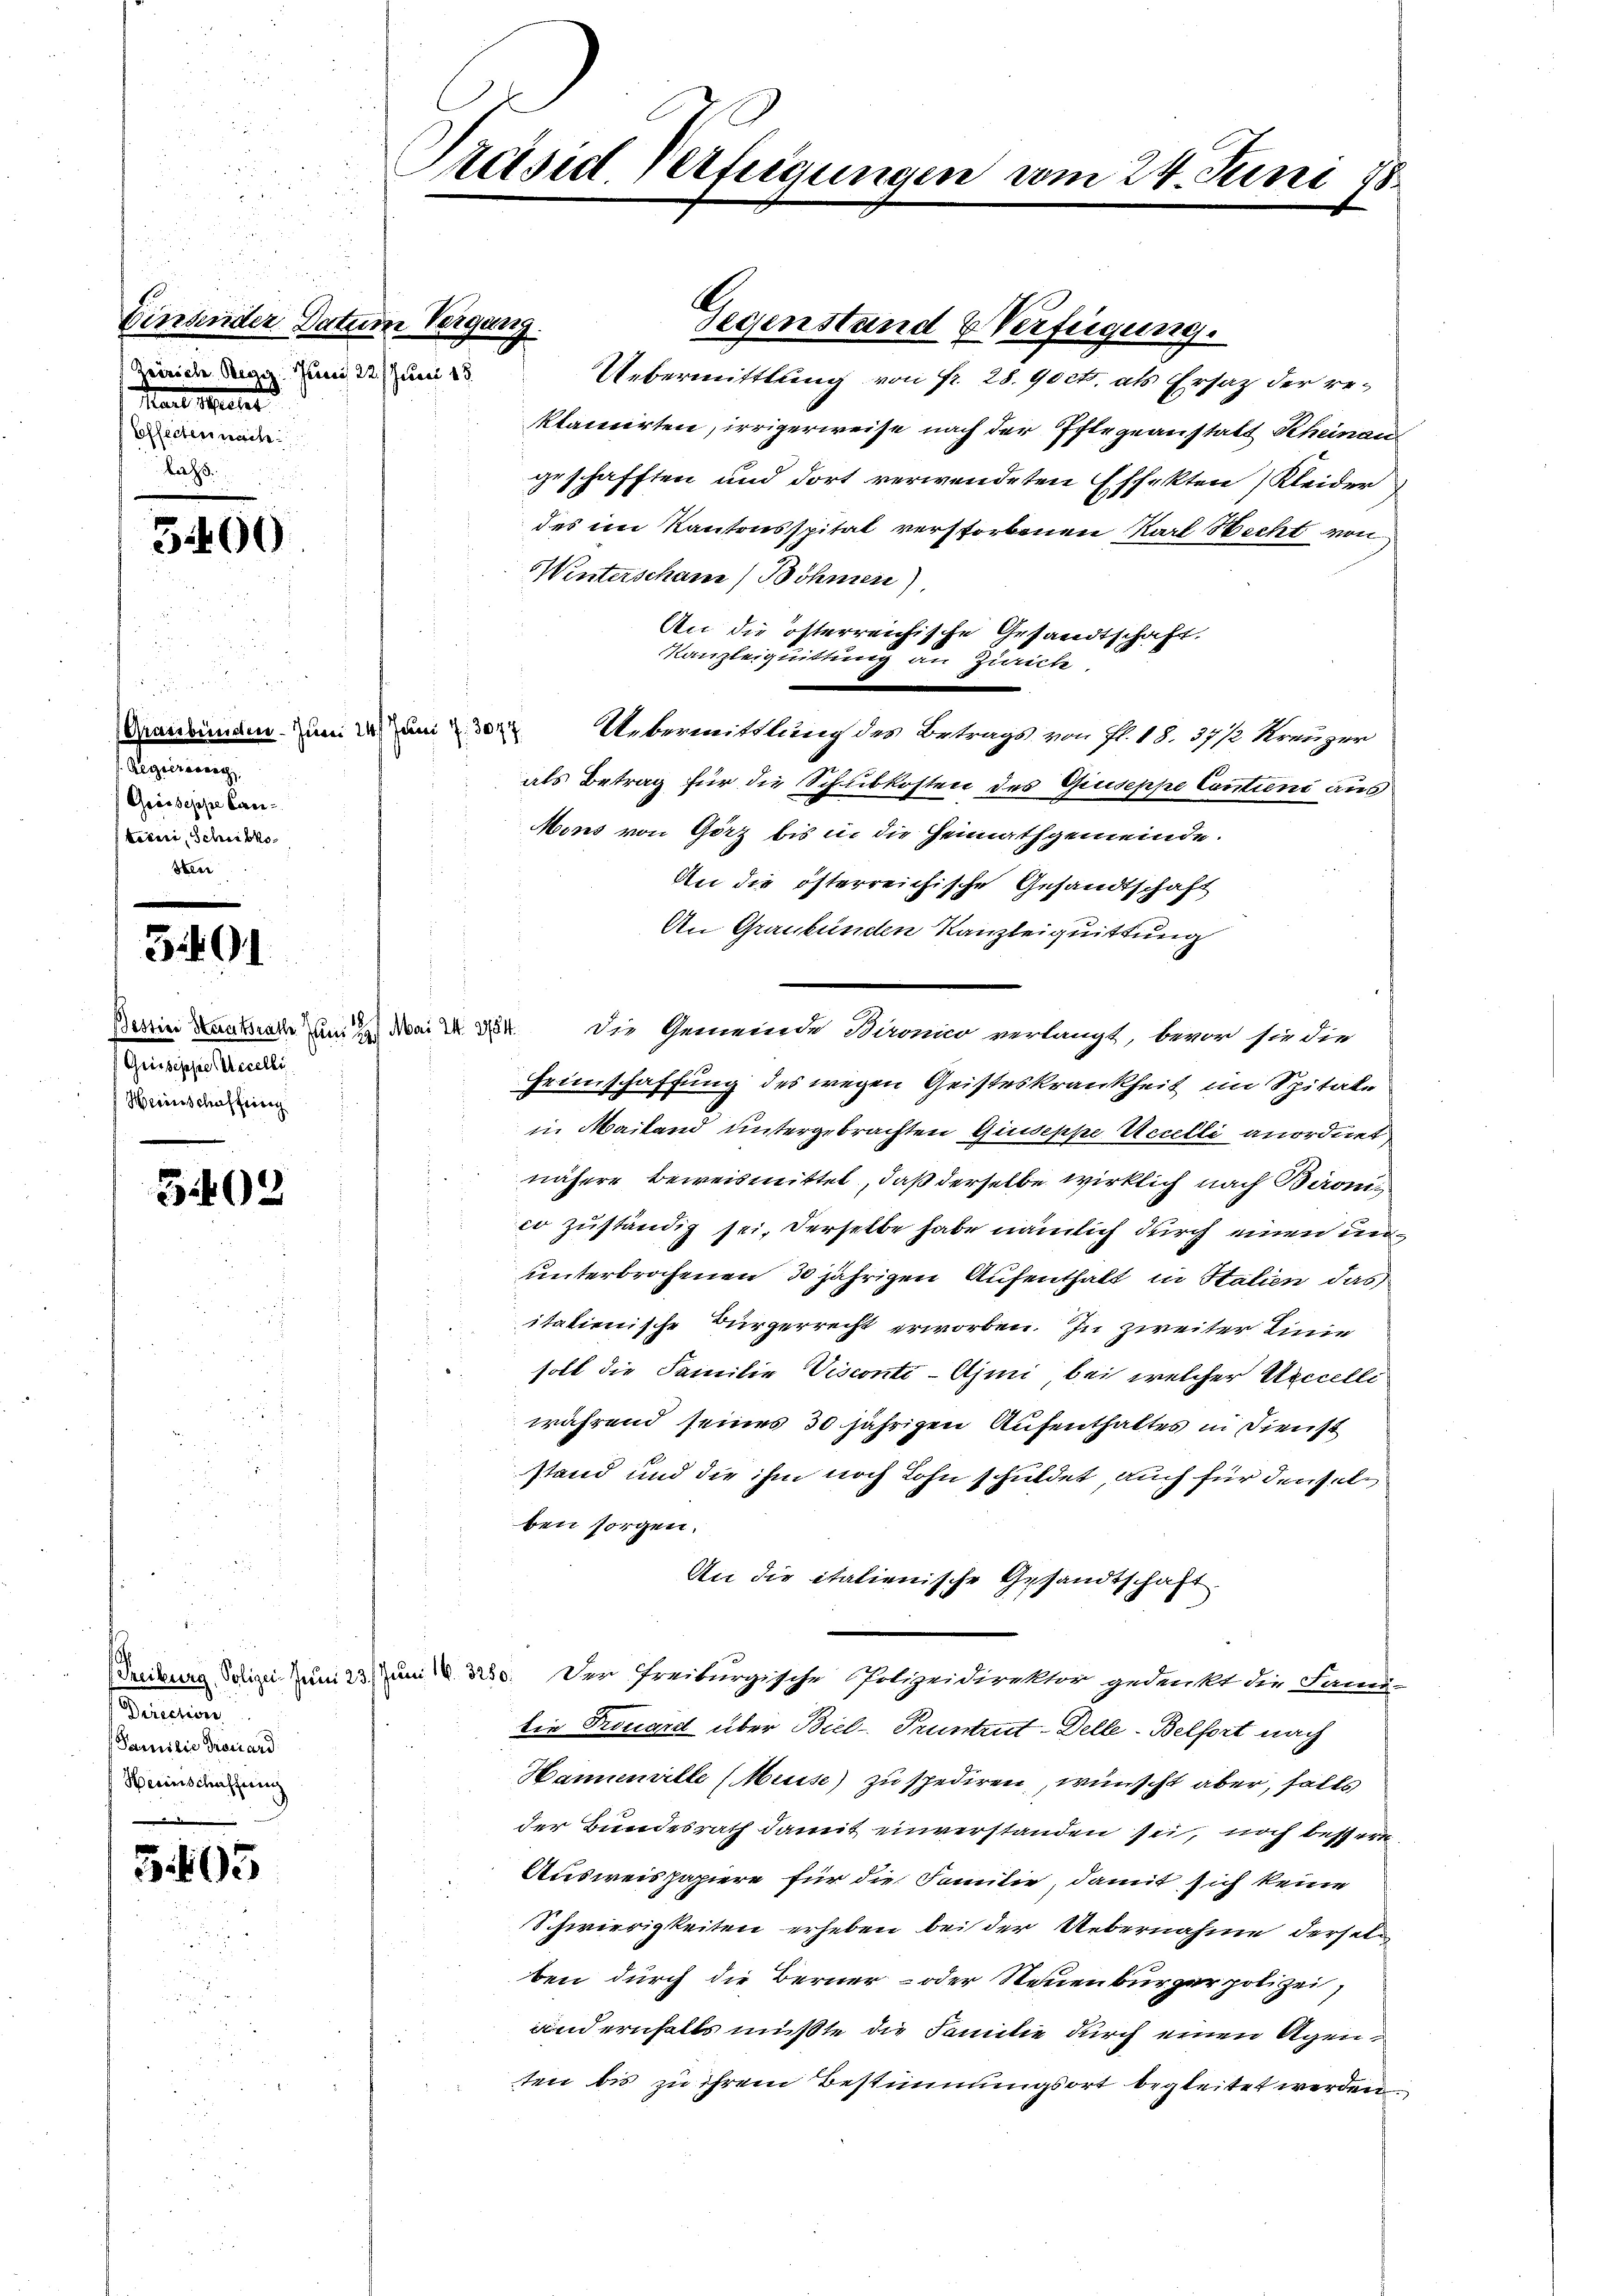
Einsender Datum Vergang.
Zeiriche Regg. Juni 22. Juni 18
Paul Meter
Effecten nach
Kass

3400

u
(Grassbunden. Juni 14. Juni 7. 3077.
Regierung
Grisseppe Canterii, Schribko¬

3401

5402

5405

Grisseppe Accelli
Heinschaffhörig

Direction
Familie Trouard
Herinschaffung

Präsid. Verfügungen vom 24. Juni 18.

A.

Uebermittlung von Fr. 28. 90 cts. als Ersatz der reklamirten, irrigerweise nach der Pflegeanstalt Scheinau
geschafften und dort verwendeten Effekten Kleider
des im Kantonsspital verstorbenen Karl Recht von
Winterscham) Böhmen)
An die österreichische Gesandtschaft.
Kanzleiquittung an Zürich
Übermittlung des Betrags von fl. 18. 37 1/2 Kreuzer
als Betrag für die Schubkosten des Giuseppe Cantieni aus
Mons von Görz bis in die Heimathgemeinde.
An die österreichische Gesandtschaft
An Graubünden Kanzleiquittung
Tessin antrade um Mai 184. Die Gemeinde Baronico verlangt, bevor sie die
Heimschaffung des wegen Geisteskrankheit im Spitale
in Mailand untergebrachten Giuseppe Accelli anordnet
nähere Beweismittel, daß derselbe wirklich nach Baronico zuständig sei. Derselbe habe nämlich durch einen ununterbrochenen 30 jährigen Aufenthalt in Italien das
itationische Bürgerrecht erworben. In zweiter Linie
soll die Familie Visconti-Ami bei welcher Annelli
während seines 30 jährigen Aufenthaltes in Dienst
stand und die ihm noch Lohn schuldet, auch für denselben sorgen.
An die italienische Gesandtschaft.
Freibung Polizei Juni 23. Juni 1. 3250. Der Freiburgische Polizeidirektor gedenkt die Fami-
die Frouard über Biel - Pruntrut-Delle-Belfort nach
Hannemille (Muise) zu spediren, wünscht aber, falls
der Bundesrath damit einverstanden sei, noch bessere
Ausweispapiere für die Familie, damit sich keine
Schwierigkeiten erheben bei der Uebernahme derselben durch die Berner- oder Neuenburger polizei,
ändernfalls mußte die Familie durch einen Agenten bis zu ihrem Bestimmungsort begleitet werden.

Segenstand & Verfügung.